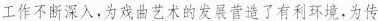
工作不断深入，为戏曲艺术的发展营造了有利环境，为传